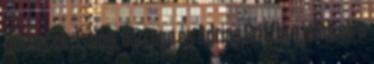
Hornacek, Ewing, Borrego és Adrian Griffin a jelöltek a